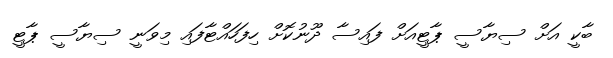
ބާކީ އަށް ސިޔާސީ ޕާޓީއަށް ފައިސާ ދޫނުކޮށް ހިފަހައްޓާފައި މިވަނީ ސިޔާސީ ޕާޓީ